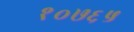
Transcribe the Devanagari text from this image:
१०७६५